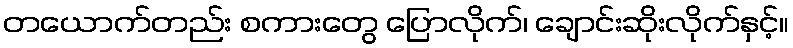
တယောက်တည်း စကားတွေ ပြောလိုက်၊ ချောင်းဆိုးလိုက်နှင့်။